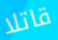
قاتلا